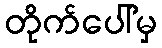
တိုက်ပေါ်မှ